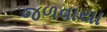
જળવાયા